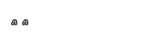
٦١